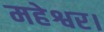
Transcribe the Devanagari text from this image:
महेश्वर।